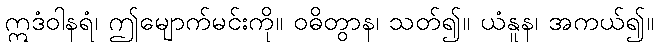
ဣဒံဝါနရံ၊ ဤမျောက်မင်းကို။ ဝဓိတွာန၊ သတ်၍။ ယံနူန၊ အကယ်၍။